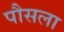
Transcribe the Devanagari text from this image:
पौसला